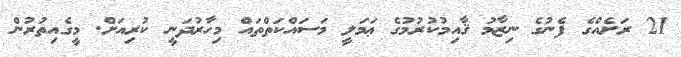
21 ރަށެއްގެ ފެނުގެ ނިޒާމު ޤާއިމުކުރުމުގެ ޢަމަލީ މަސައްކަތްތައް މިހާރުދަނީ ކުރިއަށް. މީގެއިތުރުން